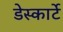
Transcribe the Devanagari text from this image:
डेस्कार्टे